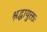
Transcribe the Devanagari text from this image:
श्रद्धायुक्तः